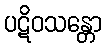
ပဋိဝသန္တော